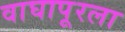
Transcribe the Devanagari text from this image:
वाघापूरला